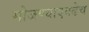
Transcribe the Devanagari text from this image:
मोजण्याएवढेच